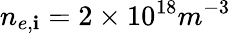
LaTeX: n_{e,\mathbf{i}}=2\times10^{18}m^{-3}